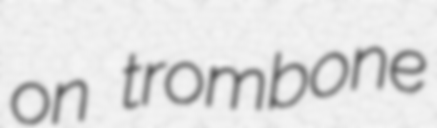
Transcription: on trombone